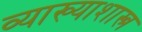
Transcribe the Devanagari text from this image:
व्याख्याशास्त्र